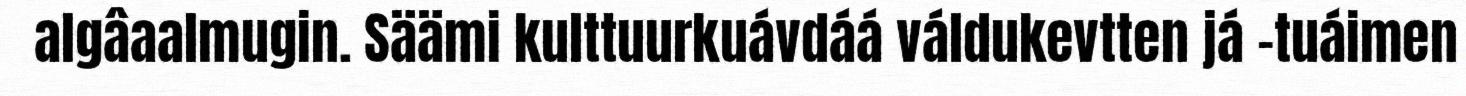
algâaalmugin. Säämi kulttuurkuávdáá váldukevtten já -tuáimen